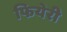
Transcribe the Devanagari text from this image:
फियेरी